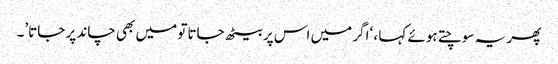
پھر یہ سوچتے ہوئے کہا ، ‘اگر میں اس پر بیٹھ جاتا تو میں بھی چاند پر جاتا’۔